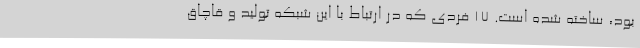
بود، ساخته شده است. 17 فردی که در ارتباط با این شبکه تولید و قاچاق